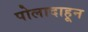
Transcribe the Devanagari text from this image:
पोलादाहून